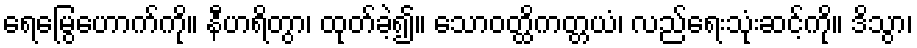
ရေမြွေဟောက်ကို။ နီဟရိတွာ၊ ထုတ်ခဲ့၍။ သောဝတ္ထိကတ္တယံ၊ လည်ရေးသုံးဆင့်ကို။ ဒိသွာ၊